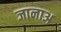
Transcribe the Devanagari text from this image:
जानाअ